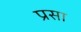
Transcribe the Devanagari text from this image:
प्रसा